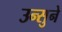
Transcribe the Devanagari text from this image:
उन्सुने